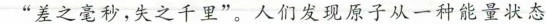
“差之毫秒，失之千里”。人们发现原子从一种能量状态